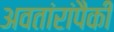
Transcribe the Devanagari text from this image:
अवतांरांपैकीं